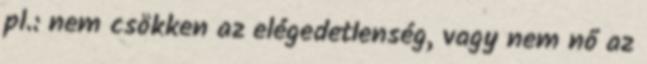
pl.: nem csökken az elégedetlenség, vagy nem nő az